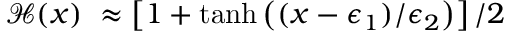
\mathcal { H } ( x ) \ \approx \left[ 1 + \operatorname { t a n h } \left( ( x - \epsilon _ { 1 } ) / \epsilon _ { 2 } \right) \right] / 2